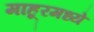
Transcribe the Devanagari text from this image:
माहूरमध्ये